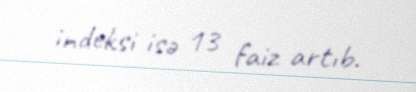
indeksi isə 13 faiz artıb.